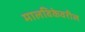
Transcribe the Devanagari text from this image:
मालविकेवरील